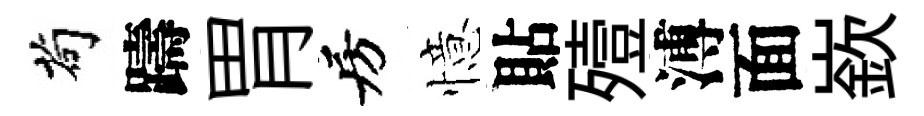
茍躊胃房憶貼殪溥面嶔